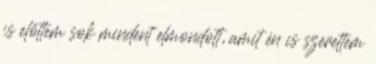
is előttem sok mindent elmondott, amit én is szerettem